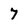
Character: 7